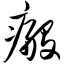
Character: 瘢